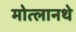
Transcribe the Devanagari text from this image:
मोत्लानथे